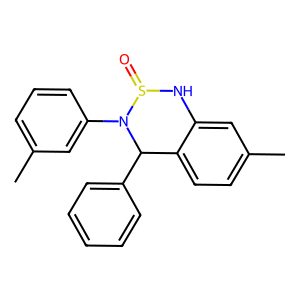
SMILES: Cc1cccc(N2C(c3ccccc3)c3ccc(C)cc3NS2=O)c1
Inhibits HIV replication: No